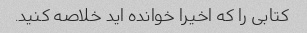
کتابی را که اخیرا خوانده اید خلاصه کنید.